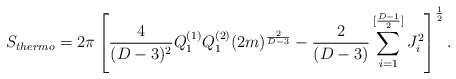
\begin{align*}S_{thermo}=2\pi \left[{4\over {(D-3)^2}}Q^{(1)}_1Q^{(2)}_1(2m)^{2\over{D-3}}-{{2}\over{(D-3)}}\sum_{i=1}^{[{{D-1}\over 2}]} J^2_i\right]^{1\over 2}. \end{align*}